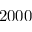
2 0 0 0